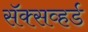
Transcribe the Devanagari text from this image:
सॅक्सव्हर्ड